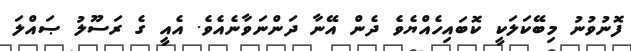
ފޮނުވުނު މިބޭކަލަކީ ކޮބައިހެއްޔެވެ ދެން އޭނާ ދަންނަވާނެއެވެ. އެއީ ގެ ރަސޫލު ޞައްލަ